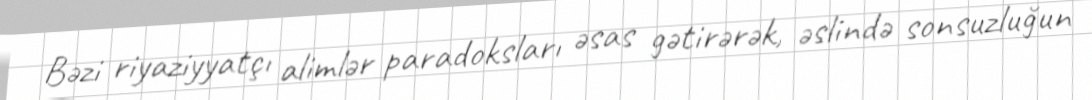
Bəzi riyaziyyatçı alimlər paradoksları əsas gətirərək, əslində sonsuzluğun